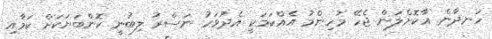
ހަނދާން އާކޮށްލަން ޖެހޭ މުހިންމު އެއްކަމަކީ އެދުވަހު ނަސްރު ލިބުނީ ކޮންބަޔަކަށް ކަމާއި